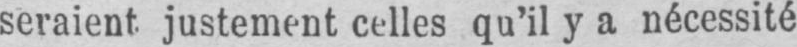
seraient, justement celles qu’il y a nécessité